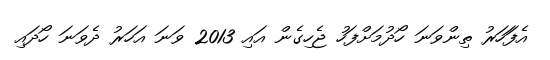
އެފަަހަރު ތިންވަނަ ހޯދުމަށްފަހު ޖެހިގެން އައި 2013 ވަނަ އަހަރު ދެވަނަ ހޯދައި